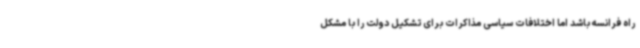
راه فرانسه باشد اما اختلافات سیاسی مذاکرات برای تشکیل دولت را با مشکل